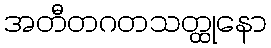
အတီတဂတသတ္ထုနော